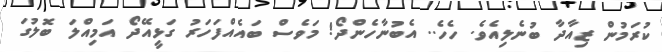
ކުރަމުން ޒިއާދާ ބުނެލިއެވެ. ހެހެ.. އެބުނާހެންދޯ! މަވެސް ބައެއްފަހަރު ގަޅީއޭދޯ އަމިއްލަ ބޮލުގަ